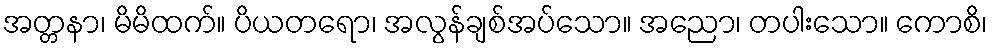
အတ္တနာ၊ မိမိထက်။ ပိယတရော၊ အလွန်ချစ်အပ်သော။ အညော၊ တပါးသော။ ကောစိ၊